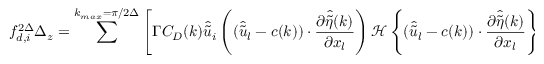
{ f _ { d , i } ^ { 2 \Delta } } \Delta _ { z } = \sum ^ { k _ { m a x } = \pi / 2 \Delta } \left[ \Gamma C _ { D } ( k ) \widehat { \widetilde { u } } _ { i } \left( ( \widehat { \widetilde { u } } _ { l } - c ( k ) ) \cdot \frac { \partial \widehat { \widetilde { \eta } } ( k ) } { \partial x _ { l } } \right) { \mathcal { H } \left\{ ( \widehat { \widetilde { u } } _ { l } - c ( k ) ) \cdot \frac { \partial \widehat { \widetilde { \eta } } ( k ) } { \partial x _ { l } } \right\} } + ( 1 - \Gamma ) \beta ( k ) \frac { ( a ( k ) k u _ { * } ) ^ { 2 } } { 2 } \right] .